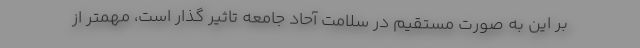
بر این به صورت مستقیم در سلامت آحاد جامعه تاثیر گذار است، مهمتر از